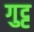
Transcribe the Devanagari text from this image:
गुट्ट